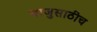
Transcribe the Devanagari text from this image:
बाजुसाठीच